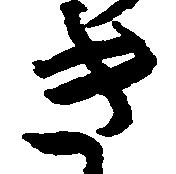
き